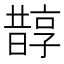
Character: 𣋄